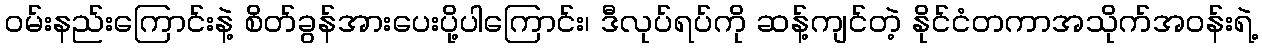
ဝမ်းနည်းကြောင်းနဲ့ စိတ်ခွန်အားပေးပို့ပါကြောင်း၊ ဒီလုပ်ရပ်ကို ဆန့်ကျင်တဲ့ နိုင်ငံတကာအသိုက်အဝန်းရဲ့